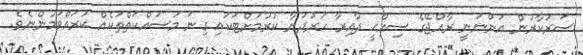
ސަރުކާރުން އަންނަނީ ރާއްޖޭގެ ސިއްޙީ ދާއިރާ ހަރުދަނާ ކުރުމަށްޓަކައި ގިނަ މަސައްކަތްތަކެއް ކުރައްވަމުންނެވެ.